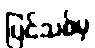
ပြင်သစ်မှ